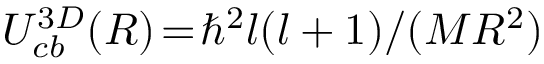
U _ { c b } ^ { 3 D } ( R ) \! = \! \hbar ^ { 2 } l ( l + 1 ) / ( M R ^ { 2 } )